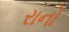
રાનો